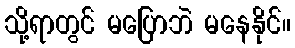
သို့ရာတွင် မပြောဘဲ မနေနိုင်။